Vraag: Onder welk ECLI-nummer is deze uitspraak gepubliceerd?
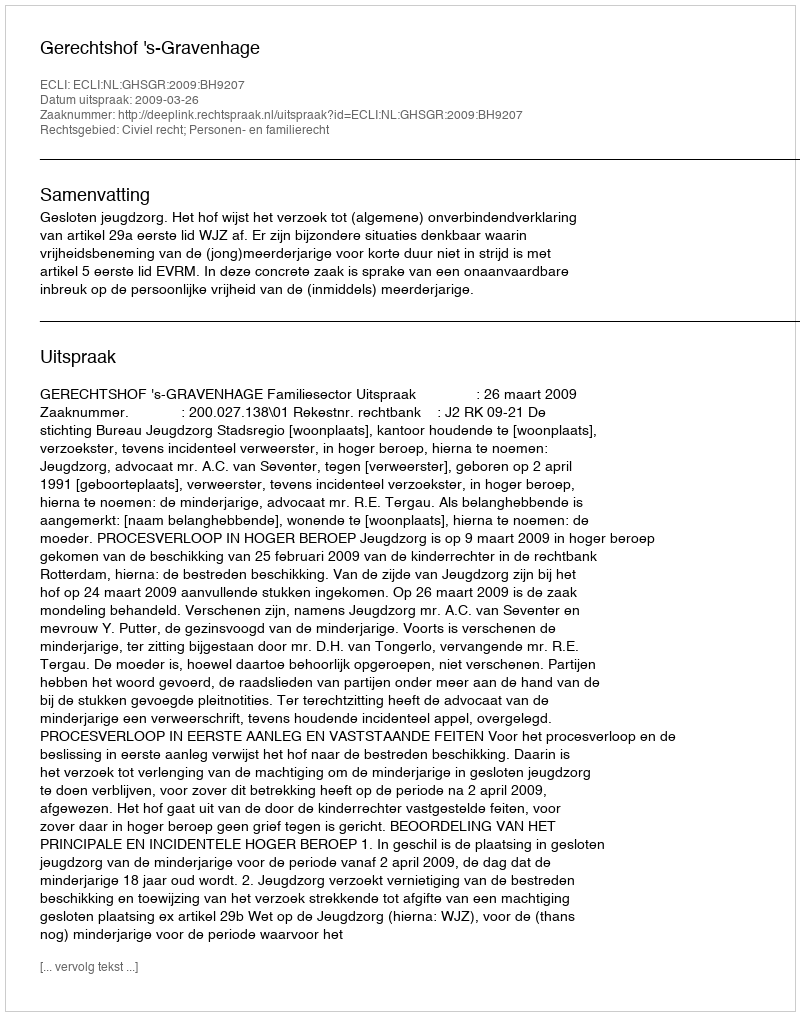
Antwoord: ECLI:NL:GHSGR:2009:BH9207